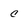
Character: c